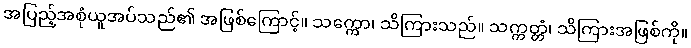
အပြည့်အစုံယူအပ်သည်၏ အဖြစ်ကြောင့်။ သက္ကော၊ သိကြားသည်။ သက္ကတ္တံ၊ သိကြားအဖြစ်ကို။